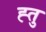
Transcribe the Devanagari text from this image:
ह्तु